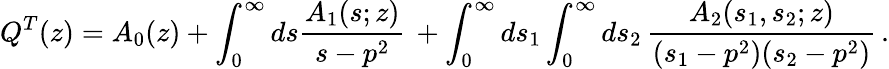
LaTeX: Q^{T}(z)=A_{0}(z)+\int_{0}^{\infty}ds\frac{A_{1}(s;z)}{s-p^{2}}\, +\int_{0}^{\infty}ds_{1}\int_{0}^{\infty}ds_{2}\, \frac{A_{2}(s_{1},s_{2};z)}{(s_{1}-p^{2})(s_{2}-p^{2})}\, .